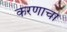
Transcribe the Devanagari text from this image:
करणाचा